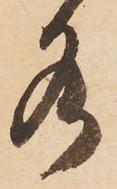
水